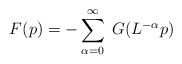
\begin{align*}F(p)=-\sum_{\alpha=0}^{\infty}\;G(L^{-\alpha}p)\end{align*}